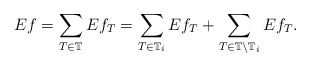
\begin{align*}Ef =\sum_{T \in \mathbb T} Ef_T = \sum_{T \in \mathbb T_i} Ef_T + \sum_{T \in \mathbb T \setminus \mathbb T_i} Ef_T.\end{align*}